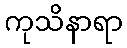
ကုသိနာရာ